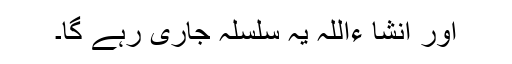
اور انشا ءاللہ یہ سلسلہ جاری رہے گا۔